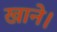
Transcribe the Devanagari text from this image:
खाने।